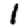
Digit: 1